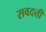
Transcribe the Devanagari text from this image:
सवदत्ती